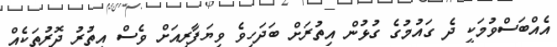
އެއްބަސްވުމަކީ ދެ ގައުމުގެ ގުޅުން އިތުރަށް ބަދަހިވެ ވިޔަފާރިއަށް ވެސް އިތުރު ދޮރުތަކެއް